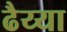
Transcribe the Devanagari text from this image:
ढैय्या